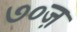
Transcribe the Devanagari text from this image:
७०ज़